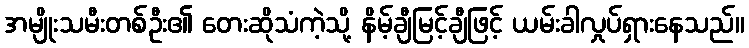
အမျိုးသမီးတစ်ဦး၏ တေးဆိုသံကဲ့သို့ နိမ့်ချီမြင့်ချီဖြင့် ယမ်းခါလှုပ်ရှားနေသည်။